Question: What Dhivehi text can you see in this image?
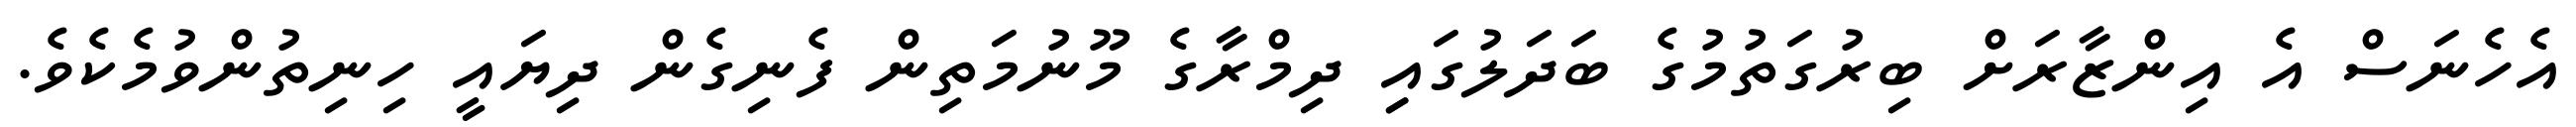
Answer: އެހެނަސް އެ އިންޒާރަށް ބިރުގަތުމުގެ ބަދަލުގައިި ދިމްރާގެ މޫނުމަތިން ފެނިގެން ދިޔައީ ހިނިތުންވުމެކެވެ.